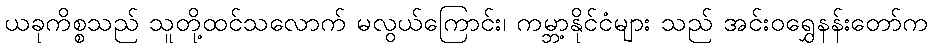
ယခုကိစ္စသည် သူတို့ထင်သလောက် မလွယ်ကြောင်း၊ ကမ္ဘာ့နိုင်ငံများ သည် အင်းဝရွှေနန်းတော်က